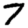
Digit: 7